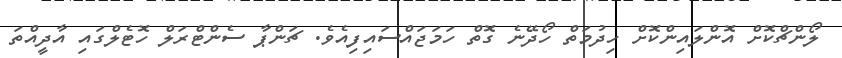
ލޯންޗްކޮށް އޮންލައިންކޮށް ހިދުމަތް ހޯދޭނެ ގޮތް ހަމަޖައްސައިފިއެވެ. ޗަންޕާ ސެންޓްރަލް ހޮޓެލްގައި އާދީއްތަ